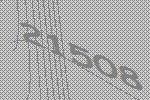
21508